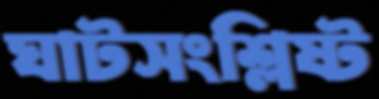
ঘাটসংশ্লিষ্ট